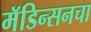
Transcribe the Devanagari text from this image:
मॅडिन्सनचा